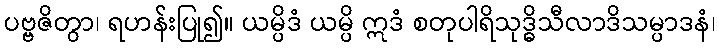
ပဗ္ဗဇိတွာ၊ ရဟန်းပြု၍။ ယမ္ပိဒံ ယမ္ပိ ဣဒံ စတုပါရိသုဒ္ဓိသီလာဒိသမ္ပာဒနံ၊